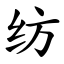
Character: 纺